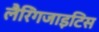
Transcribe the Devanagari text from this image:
लैरिंगजाइटिस